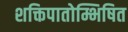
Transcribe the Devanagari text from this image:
शक्तिपातोम्भिषित